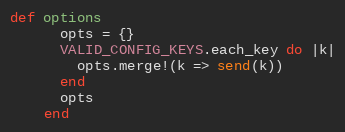
Language: Ruby
def options
      opts = {}
      VALID_CONFIG_KEYS.each_key do |k|
        opts.merge!(k => send(k))
      end
      opts
    end